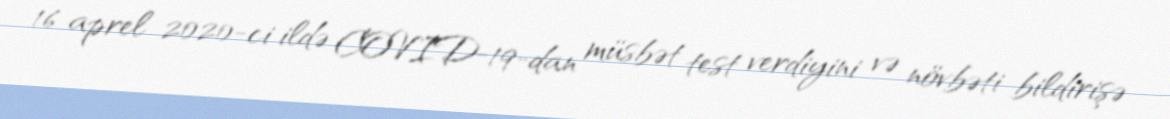
16 aprel 2020-ci ildə COVID-19-dan müsbət test verdiyini və növbəti bildirişə